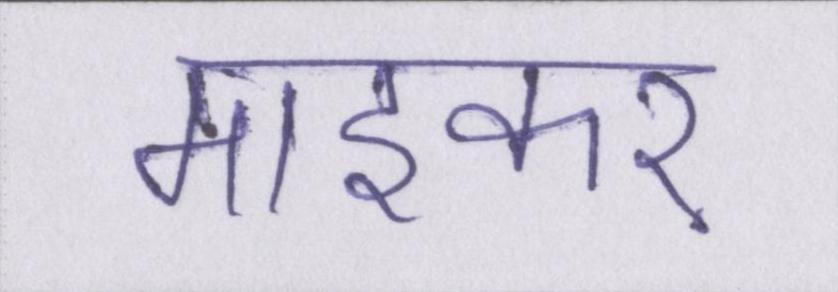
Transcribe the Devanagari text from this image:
माइकर